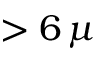
> 6 \, \mu